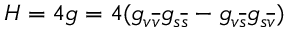
H = 4 g = 4 ( g _ { v \overline { { { v } } } } g _ { s \overline { { { s } } } } - g _ { v \overline { { { s } } } } g _ { s \overline { { { v } } } } )